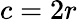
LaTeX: c=2r